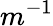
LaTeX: m^{-1}